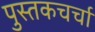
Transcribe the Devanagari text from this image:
पुस्तकचर्चा